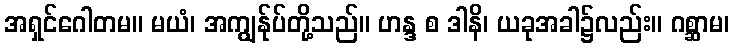
အရှင်ဂေါတမ။ မယံ၊ အကျွန်ုပ်တို့သည်။ ဟန္ဒ စ ဒါနိ၊ ယခုအခါ၌လည်း။ ဂစ္ဆာမ၊